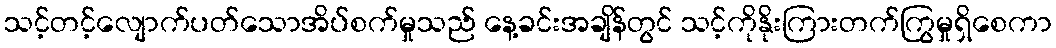
သင့်တင့်လျောက်ပတ်သောအိပ်စက်မှုသည် နေ့ခင်းအချိန်တွင် သင့်ကိုနိုးကြားတက်ကြွမှုရှိစေကာ